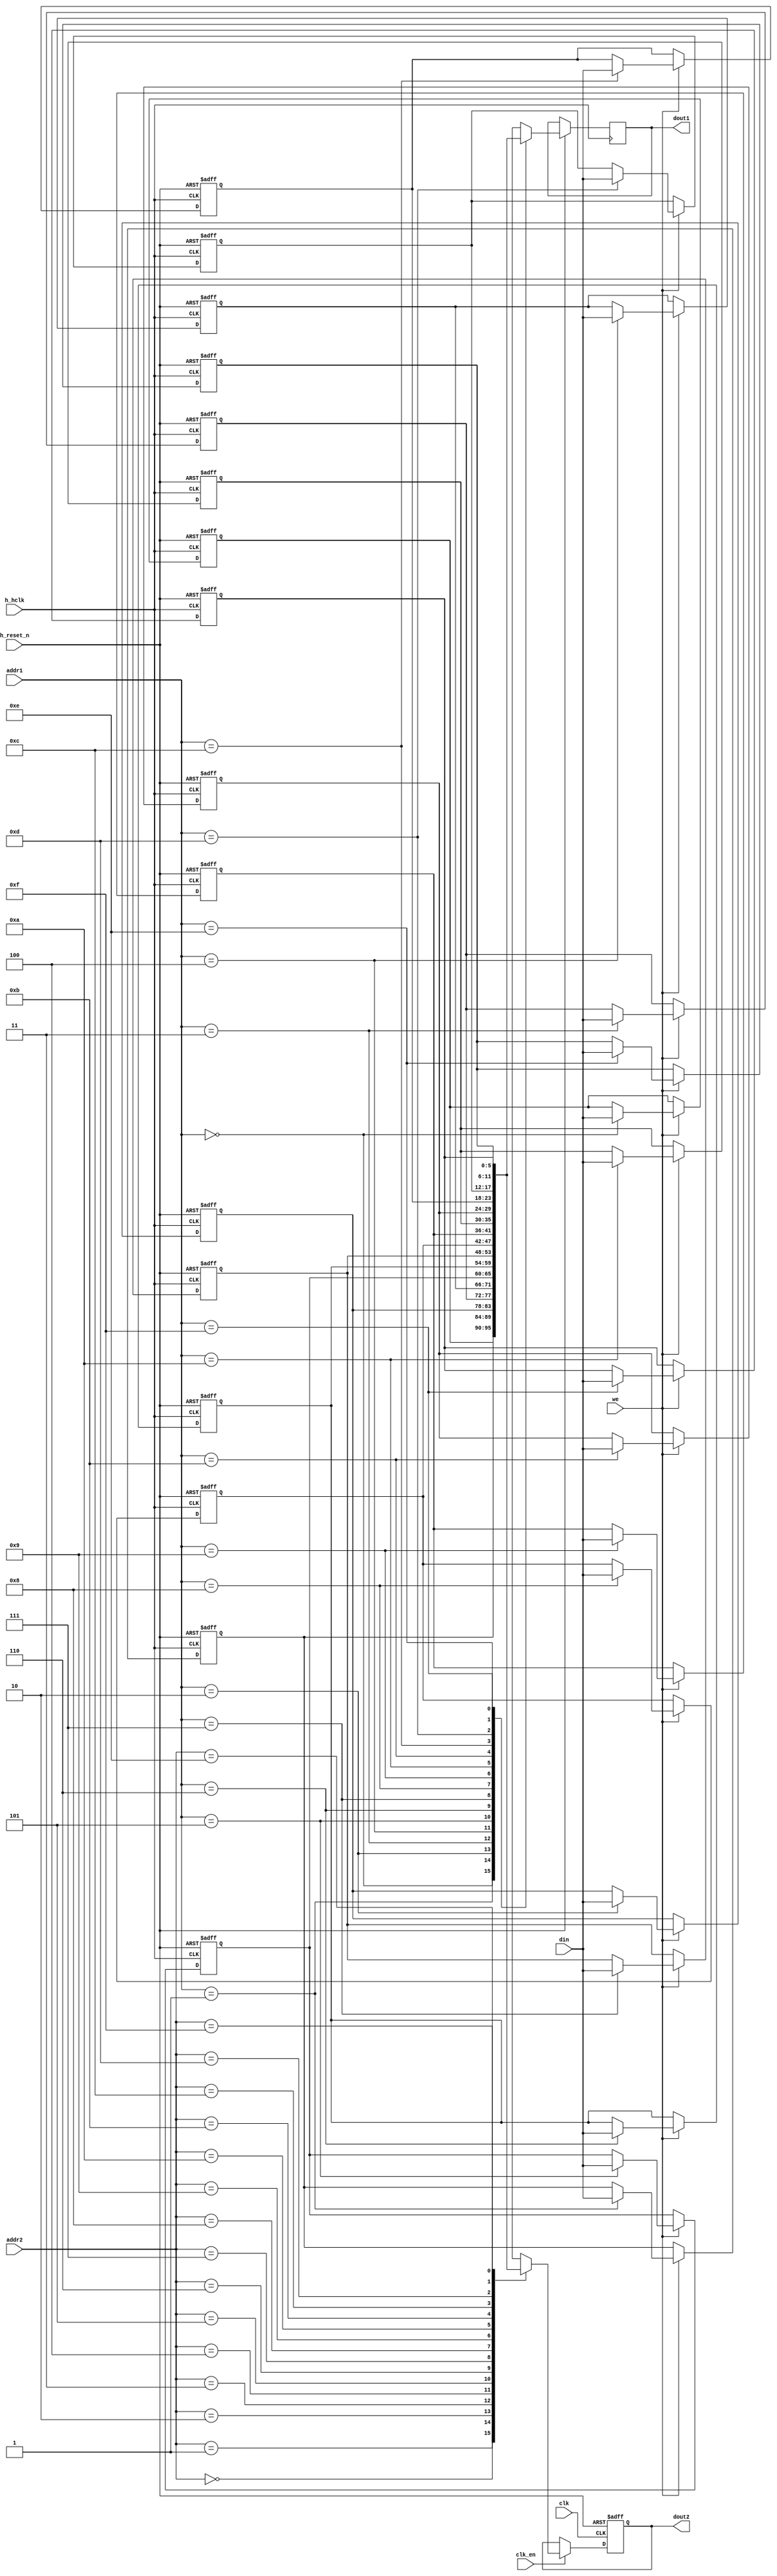
module dual_port_16x6
  (
   input             h_reset_n,
   input 	     we,          
   input 	     h_hclk,
   input             clk,
   input             clk_en,
   input [3:0] 	     addr1,       
   input [3:0]       addr2,       
   input [5:0] 	     din,         
   output reg [5:0]  dout1,       
   output reg [5:0]  dout2	  
   );
  reg [5:0] 	     storage[15:0];
  integer 	     i;
  always @(posedge h_hclk or negedge h_reset_n)
    if (!h_reset_n) begin
      for (i = 0; i < 16; i = i + 1) storage[i] <= 6'b0;
    end else begin
      if (we) storage[addr1] <= din;
      dout1 <= storage[addr1];
    end
  always @(posedge clk or negedge h_reset_n)
    if (!h_reset_n) dout2 <= 6'b0;
    else if(clk_en) dout2 <= storage[addr2]; 
endmodule